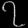
Digit: ၇